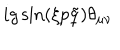
i g \sin ( \xi p \tilde { q } ) \theta _ { \mu \nu }